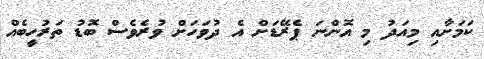
ކަމަށާއި މިއަދު މި އޮންނަ ޕެރޭޑަށް އެ ދުވަހަށް ވުރެވެސް ބޮޑު ތަރުހީބެއް